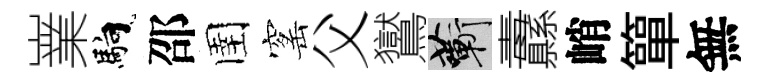
嶪馿邵圉窰父鸑蔪纛峭簞無